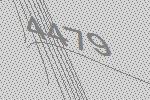
4479